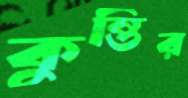
কুন্তির